Annual report on the working of the lock hospitals in the Central Provinces
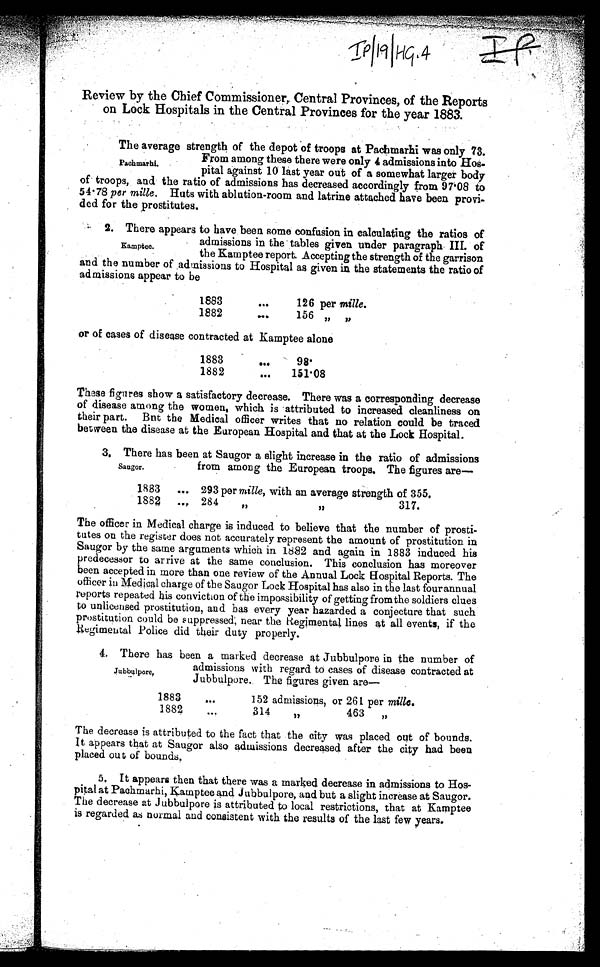
Review by the Chief Commissioner, Central Provinces, of the Reports
on Lock Hospitals in the Central Provinces for the year 1883.
The average strength of the depot of troops at Pachmarhi was only 73.
From among these there were only 4 admissions into Hos-
pital against 10 last year out of a somewhat larger body
of troops, and the ratio of admissions has decreased accordingly from 97·08 to
54·78 per mille. Huts with ablution-room and latrine attached have been provi-
ded for the prostitutes.
2. There appears to have been some confusion in calculating the ratios of
admissions in the tables given under paragraph III. of
the Kamptee report. Accepting the strength of the garrison
and the number of admissions to Hospital as given in the statements the ratio of
admissions appear to be
1883
...
126 per mille.
1882
...
156 „
„
or of cases of disease contracted at Kamptee alone
1883
...
9 8 ·
1882
...
151·08
These figures show a satisfactory decrease. There was a corresponding decrease
of disease among the women, which is attributed to increased cleanliness on
their part. But the Medical officer writes that no relation could be traced
between the disease at the European Hospital and that at the Lock Hospital.
3. There has been at Saugor a slight increase in the ratio of admissions
from among the European troops. The figures are-
1883
... 293 per mille, with an average strength of 355.
1882
...
284
,,
,,
317.
The officer in Medical charge is induced to believe that the number of prosti-
tutes on the register does not accurately represent the amount of prostitution in
Saugor by the same arguments which in 1882 and again in 1883 induced his
predecessor to arrive at the same conclusion. This conclusion has moreover
been accepted in more than one review of the Annual Lock Hospital Reports. The
officer in Medical charge of the Saugor Lock Hospital has also in the last four annual
reports repeated his conviction of the impossibility of getting from the soldiers clues
to unlicensed prostitution, and has every year hazarded a conjecture that such
prostitution could be suppressed near the Regimental lines at all events, if the
Regimental Police did their duty properly.
4. There has been a marked decrease at Jubbulpore in the number of
admissions with regard to cases of disease contracted at
Jubbulpore. The figures given are—
1883
...
152 admissions, or 261 per mille.
1882
...
314
„
463
,,
The decrease is attributed to the fact that the city was placed out of bounds.
It appears that at Saugor also admissions decreased after the city had been
placed out of bounds.
5, It appears then that there was a marked decrease in admissions to Hos-
pital at Pachmarhi, Kamptee and J ubbulpore, and but a slight increase at Saugor.
The decrease at Jubbulpore is attributed to local restrictions, that at Kamptee
is regarded as normal and consistent with the results of the last few years.
Pachmarhi.
Kamptee.
Saugor.
Jubbulpore,